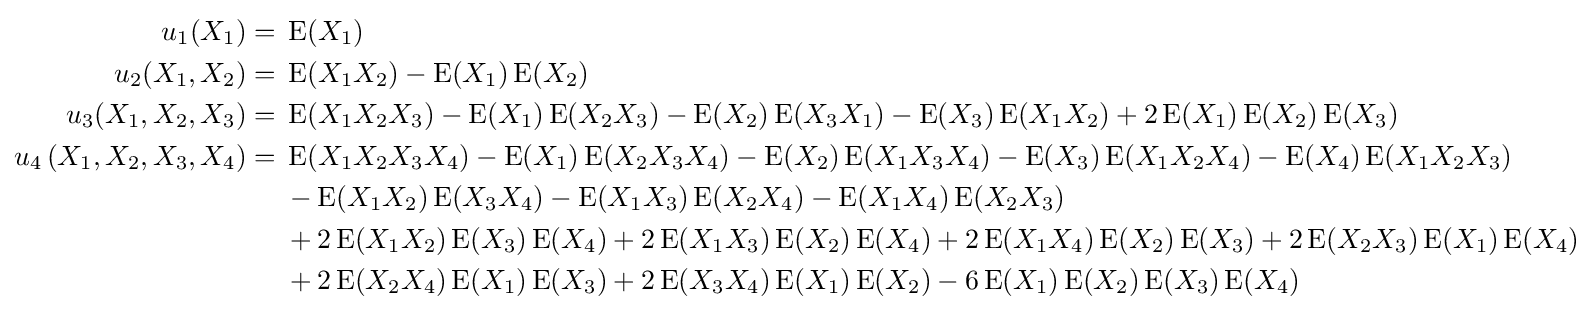
{\begin{aligned}u_{1}(X_{1})={}&\operatorname {E} (X_{1})\\u_{2}(X_{1},X_{2})={}&\operatorname {E} (X_{1}X_{2})-\operatorname {E} (X_{1})\operatorname {E} (X_{2})\\u_{3}(X_{1},X_{2},X_{3})={}&\operatorname {E} (X_{1}X_{2}X_{3})-\operatorname {E} (X_{1})\operatorname {E} (X_{2}X_{3})-\operatorname {E} (X_{2})\operatorname {E} (X_{3}X_{1})-\operatorname {E} (X_{3})\operatorname {E} (X_{1}X_{2})+2\operatorname {E} (X_{1})\operatorname {E} (X_{2})\operatorname {E} (X_{3})\\u_{4}\left(X_{1},X_{2},X_{3},X_{4}\right)={}&\operatorname {E} (X_{1}X_{2}X_{3}X_{4})-\operatorname {E} (X_{1})\operatorname {E} (X_{2}X_{3}X_{4})-\operatorname {E} (X_{2})\operatorname {E} (X_{1}X_{3}X_{4})-\operatorname {E} (X_{3})\operatorname {E} (X_{1}X_{2}X_{4})-\operatorname {E} (X_{4})\operatorname {E} (X_{1}X_{2}X_{3})\\&-\operatorname {E} (X_{1}X_{2})\operatorname {E} (X_{3}X_{4})-\operatorname {E} (X_{1}X_{3})\operatorname {E} (X_{2}X_{4})-\operatorname {E} (X_{1}X_{4})\operatorname {E} (X_{2}X_{3})\\&+2\operatorname {E} (X_{1}X_{2})\operatorname {E} (X_{3})\operatorname {E} (X_{4})+2\operatorname {E} (X_{1}X_{3})\operatorname {E} (X_{2})\operatorname {E} (X_{4})+2\operatorname {E} (X_{1}X_{4})\operatorname {E} (X_{2})\operatorname {E} (X_{3})+2\operatorname {E} (X_{2}X_{3})\operatorname {E} (X_{1})\operatorname {E} (X_{4})\\&+2\operatorname {E} (X_{2}X_{4})\operatorname {E} (X_{1})\operatorname {E} (X_{3})+2\operatorname {E} (X_{3}X_{4})\operatorname {E} (X_{1})\operatorname {E} (X_{2})-6\operatorname {E} (X_{1})\operatorname {E} (X_{2})\operatorname {E} (X_{3})\operatorname {E} (X_{4})\end{aligned}}